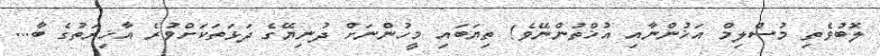
ލޮބުވެތި މުސްލިމް އަޚުންނާއި އުޚްތުންނޭވެ! ތިޔަބައި މީހުންނަށް ދުނިޔޭގެ ދަޅަތަކަށްވުރެ އާޚިރަތުގެ ބާ...